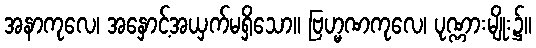
အနာကုလေ၊ အနှောင့်အယှက်မရှိသော။ ဗြဟ္မဏကုလေ၊ ပုဏ္ဏားမျိုး၌။